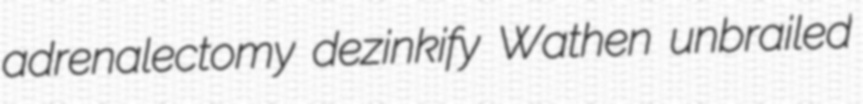
adrenalectomy dezinkify Wathen unbrailed